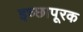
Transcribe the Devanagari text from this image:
इच्छापूरक